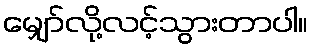
မျှော်လို့လင့်သွားတာပါ။